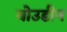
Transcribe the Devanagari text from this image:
बोउडीन